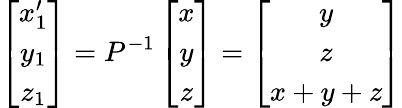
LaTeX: \left[\begin{array}{c}{x_{1}^{\prime}}\\ {y_{1}}\\ {z_{1}}\end{array}\right]=P^{-1}\left[\begin{array}{c}{x}\\ {y}\\ {z}\end{array}\right]=\left[\begin{array}{c}{y}\\ {z}\\ {x+y+z}\end{array}\right]